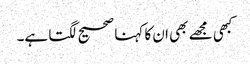
کبھی مجھے بھی ان کا کہنا صحیح لگتا ہے۔